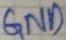
Text: GND